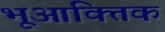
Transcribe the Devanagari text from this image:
भूआक्तिक